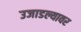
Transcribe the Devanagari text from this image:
उजाडल्यावर